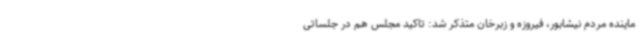
ماینده مردم نیشابور، فیروزه و زبرخان متذکر شد: تاکید مجلس هم در جلساتی